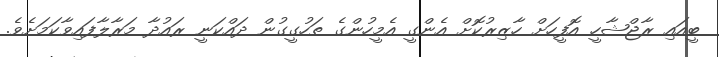
ބީއައި ރާޖްޝާހީ އޮފީހަށް ހާޒިރުކޮށް އެންގީ އެމީހުންގެ ތަހުގީގުން ދައްކަނީ ރައުދާ މަރާލާފައިވާކަމަށެވެ.